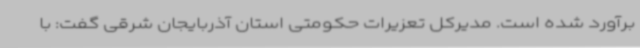
برآورد شده است. مدیرکل تعزیرات حکومتی استان آذربایجان شرقی گفت: با